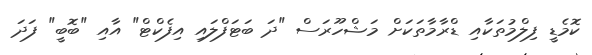
ކޮމެޑީ ފިލްމުތަކާއި ޑްރާމާތަކަށް މަޝްހޫރަސް "ދަ ބަޓަފްލައި އިފެކްޓް" އާއި "ބޮބީ" ފަދަ